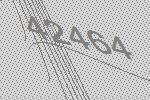
42464